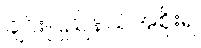
ချင်းပြည်နယ်အစိုးရ